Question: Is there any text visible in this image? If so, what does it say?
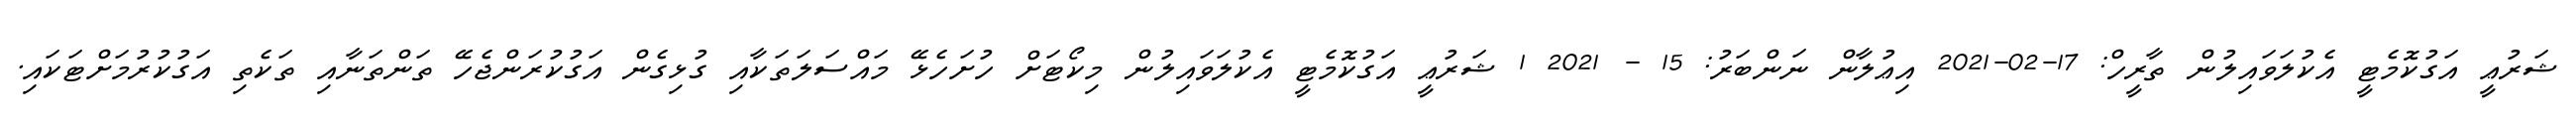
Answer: ޝަރުޢީ އަގުކޮމެޓީ އެކުލަވައިލުން ތާރީހް: 17-02-2021 އިޢުލާން ނަންބަރު: 15 - 2021 1 ޝަރުޢީ އަގުކޮމެޓީ އެކުލަވައިލުން މިކޯޓަށް ހުށަހެޅޭ މައްސަލަތަކާއި ގުޅިގެން އަގުކުރަންޖެހޭ ތަންތަނާއި ތަކެތި އަގުކުރުމަށްޓަކައި.